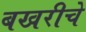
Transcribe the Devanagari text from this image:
बखरीचे